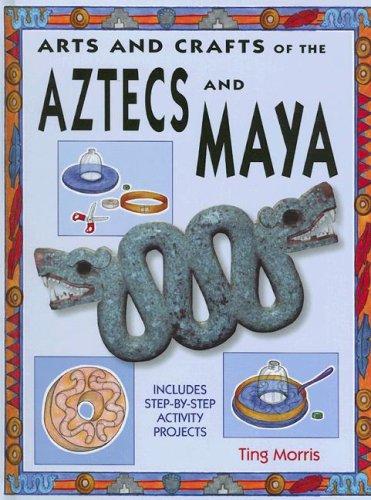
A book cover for Aztecs and Maya (Arts & Crafts of the Ancient World); Ting Morris; Children's Books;